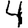
Digit: 4